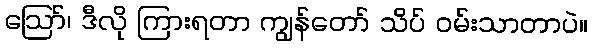
ဪ၊ ဒီလို ကြားရတာ ကျွန်တော် သိပ် ဝမ်းသာတာပဲ။